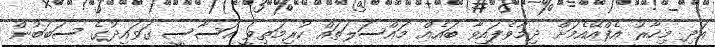
އަދި މިހާރު އެފްއޭއެމަށް ދިމާވެފައިވާ ބައެއް މައްސަލަތައް ކުރިމަތިވީ އަސާސީ ގަވައިދުގެ ސަބަބުން